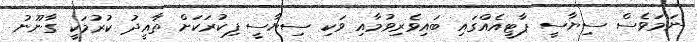
ނަމަވެސް ސިޔާސީ ޕާޓީއެއްގައި ބައިވެރިވުމާއި ވަކި ސިޔާސީ ފިކުރަކަށް ތާއީދު ކުރުމަކީ ގާނޫނު